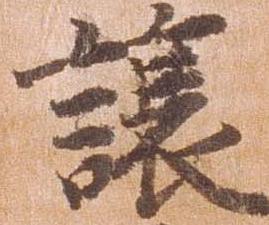
譲